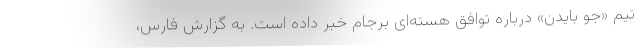
تیم «جو بایدن» درباره توافق هسته‌ای برجام خبر داده است. به گزارش فارس،